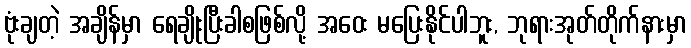
ဗုံးချတဲ့ အချိန်မှာ ရေချိုးပြီးခါစဖြစ်လို့ အဝေး မပြေးနိုင်ပါဘူး, ဘုရားအုတ်တိုက်နားမှာ